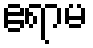
ဧရာမ